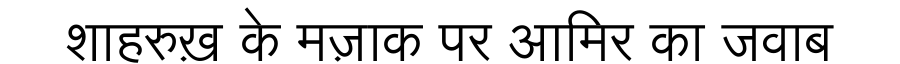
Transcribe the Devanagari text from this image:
शाहरुख़ के मज़ाक पर आमिर का जवाब